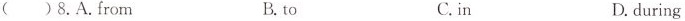
( ) 8. A. From B. to C.in D. during